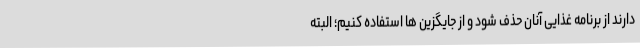
دارند از برنامه غذایی آنان حذف شود و از جایگزین ها استفاده کنیم؛ البته